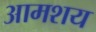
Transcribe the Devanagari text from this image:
आमशय